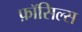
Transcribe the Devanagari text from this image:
फ़ॉसिल्स